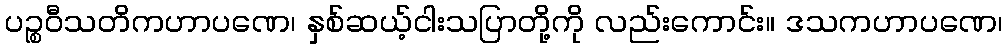
ပဉ္စဝီသတိကဟာပဏေ၊ နှစ်ဆယ့်ငါးသပြာတို့ကို လည်းကောင်း။ ဒသကဟာပဏေ၊